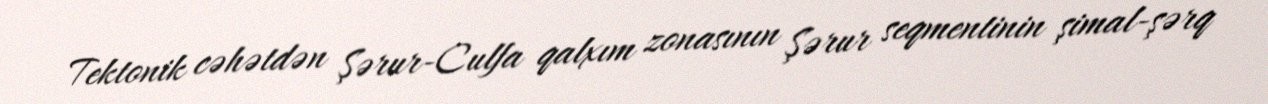
Tektonik cəhətdən Şərur-Culfa qalxım zonasının Şərur seqmentinin şimal-şərq